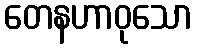
တေနဟာဝုသော